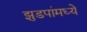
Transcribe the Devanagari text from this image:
झुडपांमध्ये